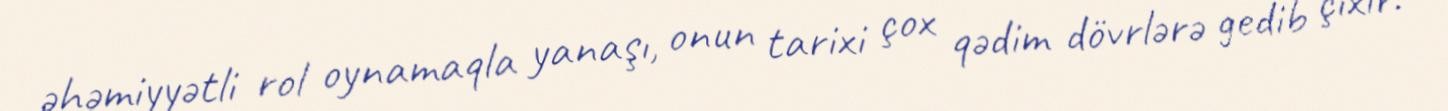
əhəmiyyətli rol oynamaqla yanaşı, onun tarixi çox qədim dövrlərə gedib çıxır.